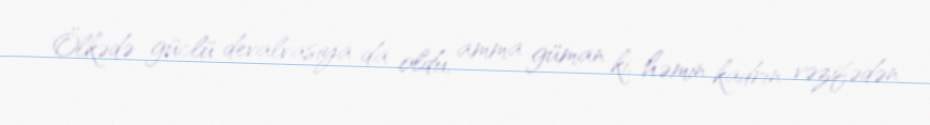
Ölkədə güclü devalvasiya da oldu, amma güman ki, həmin kadrın vəzifədən